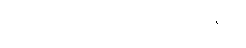
အမရာဝိက္ခေပဝါဒဝဏ္ဏနာ။